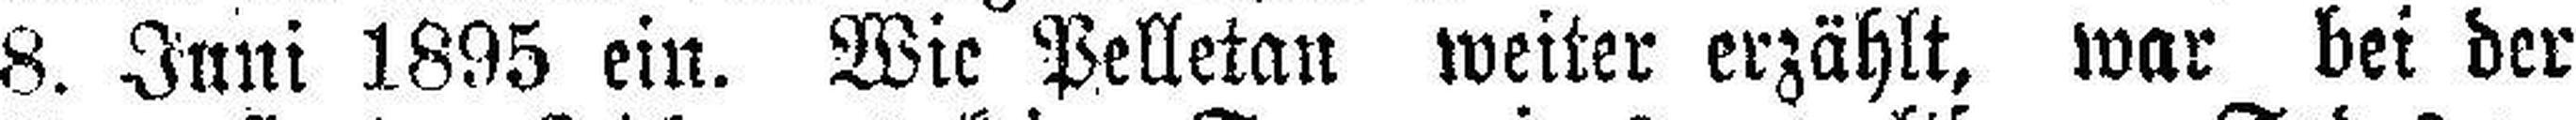
8. Juni 1895 ein. Wie Pelletan weiter erzählt, war bei der